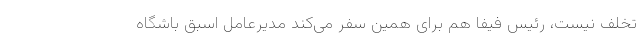
تخلف نیست، رئیس فیفا هم برای همین سفر می‌کند مدیرعامل اسبق باشگاه